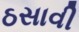
ઠસાવી